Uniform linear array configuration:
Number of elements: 12
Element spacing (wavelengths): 1
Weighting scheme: cosine
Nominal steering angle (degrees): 60
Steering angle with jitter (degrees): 59.59
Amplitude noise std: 0.05
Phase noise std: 0.05

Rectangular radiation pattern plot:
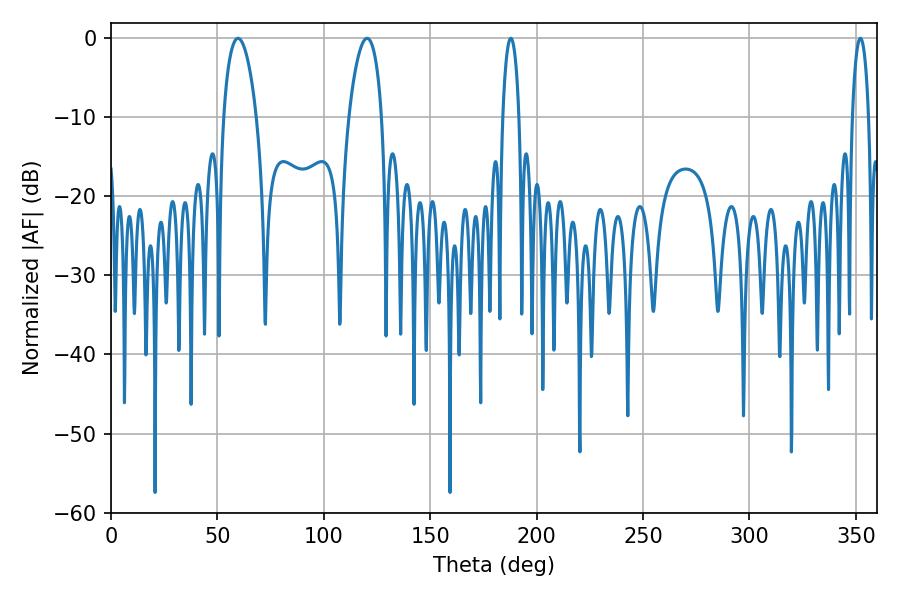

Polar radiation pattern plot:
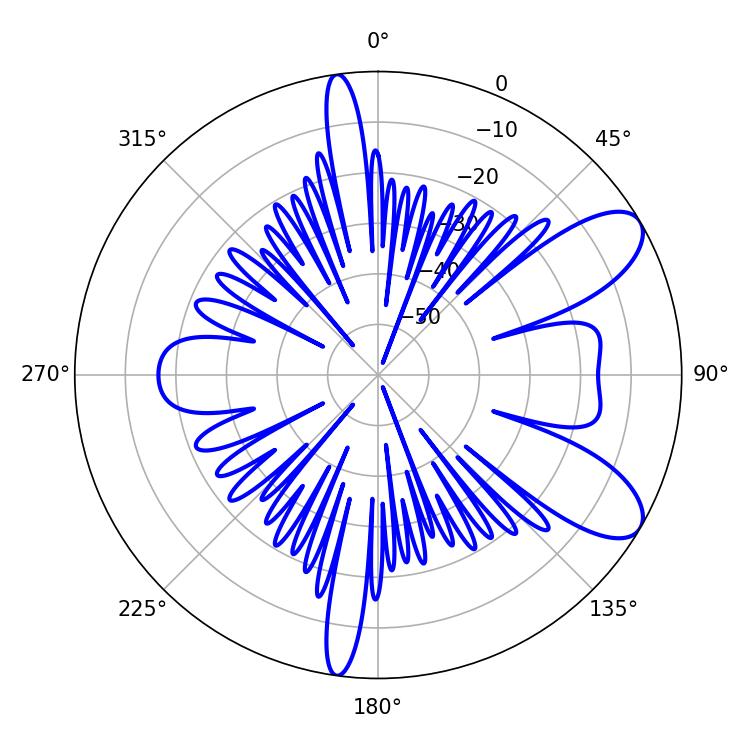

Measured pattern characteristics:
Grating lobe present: TRUE
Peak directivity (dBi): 8.828
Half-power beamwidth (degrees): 8.64
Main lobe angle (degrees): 59.58